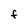
Character: F